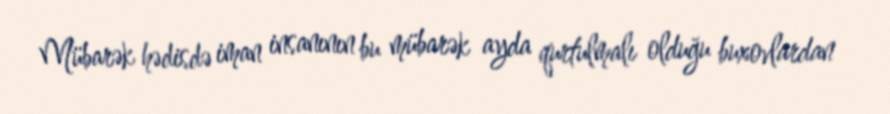
Mübarək hədisdə iman insanının bu mübarək ayda qurtulmalı olduğu buxovlardan